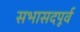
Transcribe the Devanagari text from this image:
सभासदपूर्व